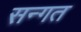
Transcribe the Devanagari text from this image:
सन्गत